Problem: 22 + 6 = ?
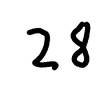
Handwritten answer: 28